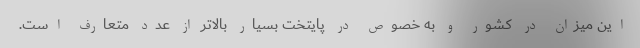
این میزان در کشور و به خصوص در پایتخت بسیار بالاتر از عدد متعارف است.